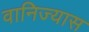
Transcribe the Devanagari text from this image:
वानिज्यास